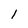
Character: l